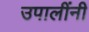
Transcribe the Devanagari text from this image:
उपालींनी